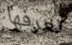
تعرفها